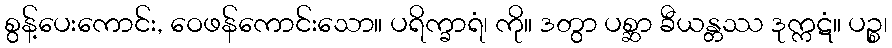
စွန့်ပေးကောင်း, ဝေဖန်ကောင်းသော။ ပရိက္ခာရံ၊ ကို။ ဒတွာ ပစ္ဆာ ခီယန္တဿ ဒုက္ကဋံ။ ပဉ္စ၊